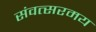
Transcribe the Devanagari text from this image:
संवत्सरमय